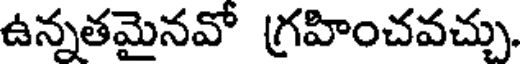
ఉన్నతమైనవో గ్రహించవచ్చు.